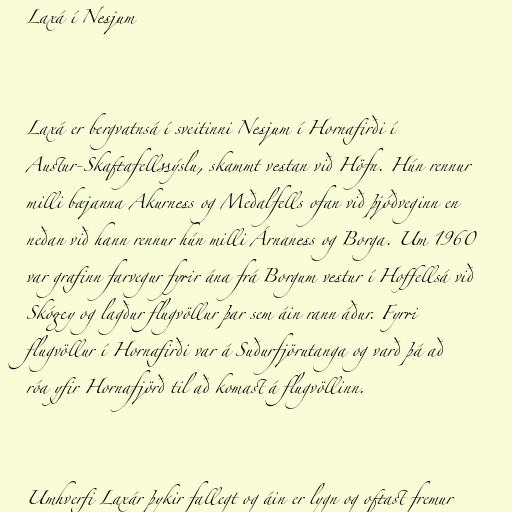
Laxá í Nesjum

Laxá er bergvatnsá í sveitinni Nesjum í Hornafirði í
Austur-Skaftafellssýslu, skammt vestan við Höfn. Hún rennur
milli bæjanna Akurness og Meðalfells ofan við þjóðveginn en
neðan við hann rennur hún milli Árnaness og Borga. Um 1960
var grafinn farvegur fyrir ána frá Borgum vestur í Hoffellsá við
Skógey og lagður flugvöllur þar sem áin rann áður. Fyrri
flugvöllur í Hornafirði var á Suðurfjörutanga og varð þá að
róa yfir Hornafjörð til að komast á flugvöllinn.

Umhverfi Laxár þykir fallegt og áin er lygn og oftast fremur